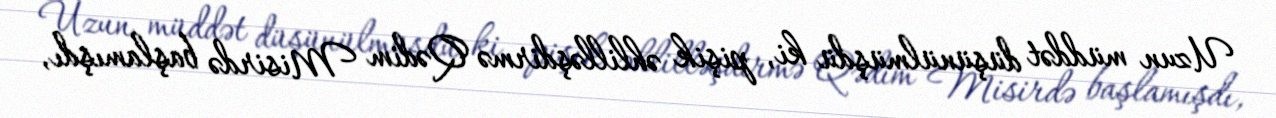
Uzun müddət düşünülmüşdü ki, pişik əhlilləşdirmə Qədim Misirdə başlamışdı,